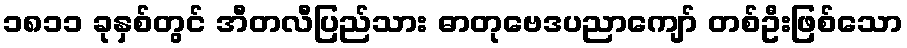
၁၈၁၁ ခုနှစ်တွင် အီတလီပြည်သား ဓာတုဗေဒပညာကျော် တစ်ဦးဖြစ်သော